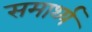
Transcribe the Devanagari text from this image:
समार्थ्य